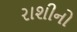
રાશીનો